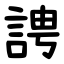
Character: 䛣